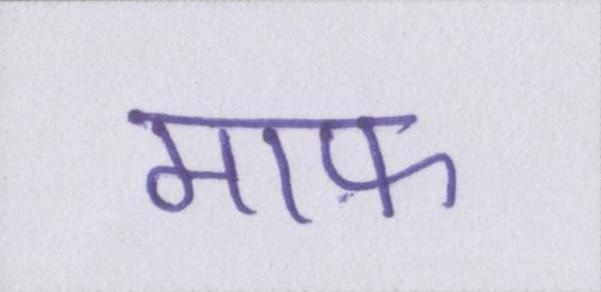
माफ़